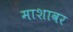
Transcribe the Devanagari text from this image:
माशावर